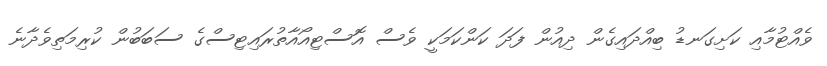
ވެއްޓުމާއި ކަށިގަނޑު ބިއްދައިގެން ދިއުން ފަދަ ކަންކަމަކީ ވެސް އޮސްޓިއޯއާތުރައިޓިސްގެ ސަބަބުން ކުރިމަތިވެދާނެ